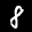
Label: 8